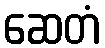
ဆေတံ